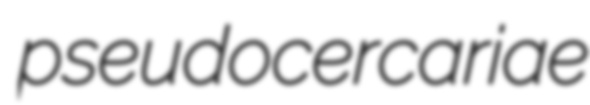
pseudocercariae